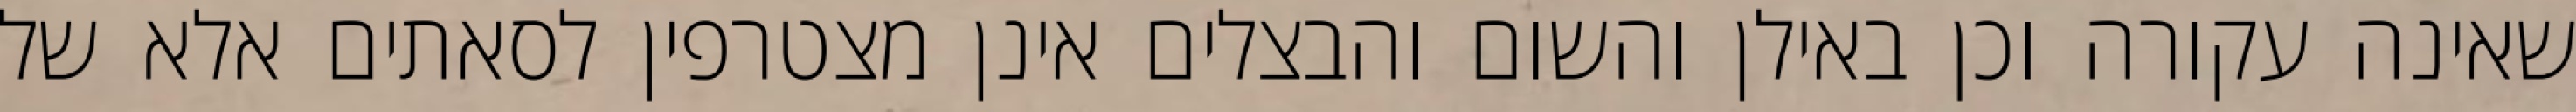
שאינה עקורה וכן באילן והשום והבצלים אינן מצטרפין לסאתים אלא של